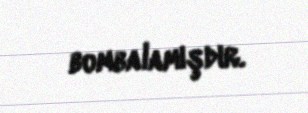
bombalamışdır.